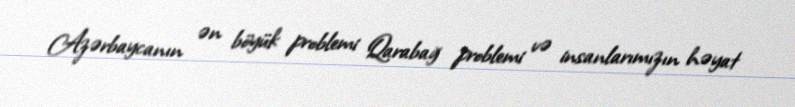
Azərbaycanın ən böyük problemi Qarabağ problemi və insanlarımızın həyat